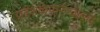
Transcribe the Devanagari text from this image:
प्रदेशकेफर्रुखाबाद